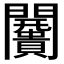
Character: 𮤩